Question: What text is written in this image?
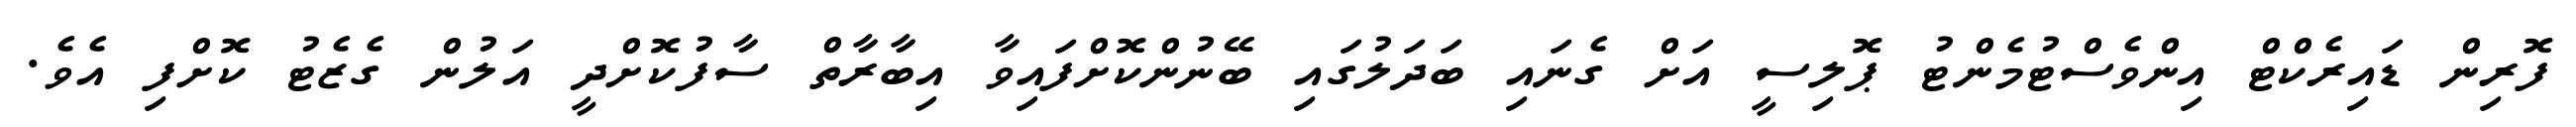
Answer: ފޮރިން ޑައިރެކްޓް އިންވެސްޓުމެންޓު ޕޮލިސީ އަށް ގެނައި ބަދަލުގައި ބޭނުންކޮށްފައިވާ އިބާރާތް ސާފުކޮށްދީ އަލުން ގެޒެޓު ކޮށްފި އެވެ.